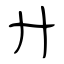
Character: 廾